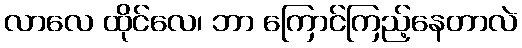
လာလေ ထိုင်လေ၊ ဘာ ကြောင်ကြည့်နေတာလဲ